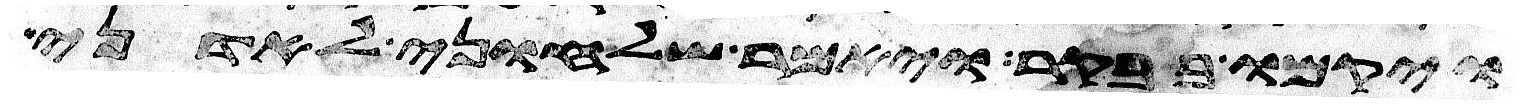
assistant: ויקמו בבקר ויאמר שלחוני לאדני